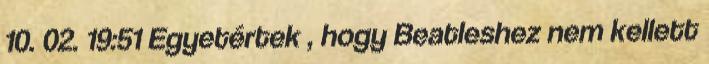
10. 02. 19:51 Egyetértek , hogy Beatleshez nem kellett